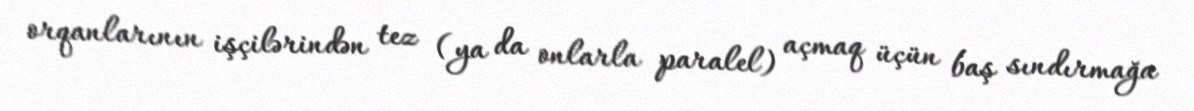
orqanlarının işçilərindən tez (ya da onlarla paralel) açmaq üçün baş sındırmağa